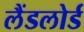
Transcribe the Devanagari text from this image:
लैंडलोर्ड